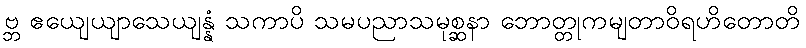
ဗ္ဘ ဧယျေယျာသေယျန္နံ သကာပိ သမပညာသမုစ္ဆနာ ဘောတ္တုကမျတာဝိရဟိတောတိ